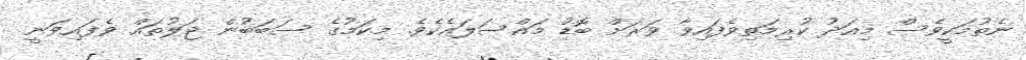
ނެތުމަކީވެސް މިއަދު ކުރިމަތިވެފައިވާ ވަރަށް ބޮޑު މައްސަލައެކެވެ. މިކަމުގެ ސަބަބުން ޖަލުތައް ވެފައިވަނީ